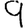
Digit: 9